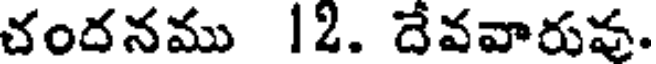
చందనము 12. దేవవారువ.